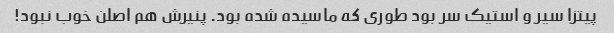
پیتزا سیر و استیک سر بود طوری که ماسیده شده بود. پنیرش هم اصلن خوب نبود!